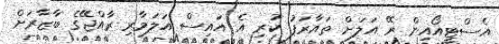
އެސްޓީއޯއިން ރޭ އަލަށް ތައާރަފު ކުރި އެ އައިސް އަލަމާރި ރާއްޖޭގެ ބާޒާރަށް